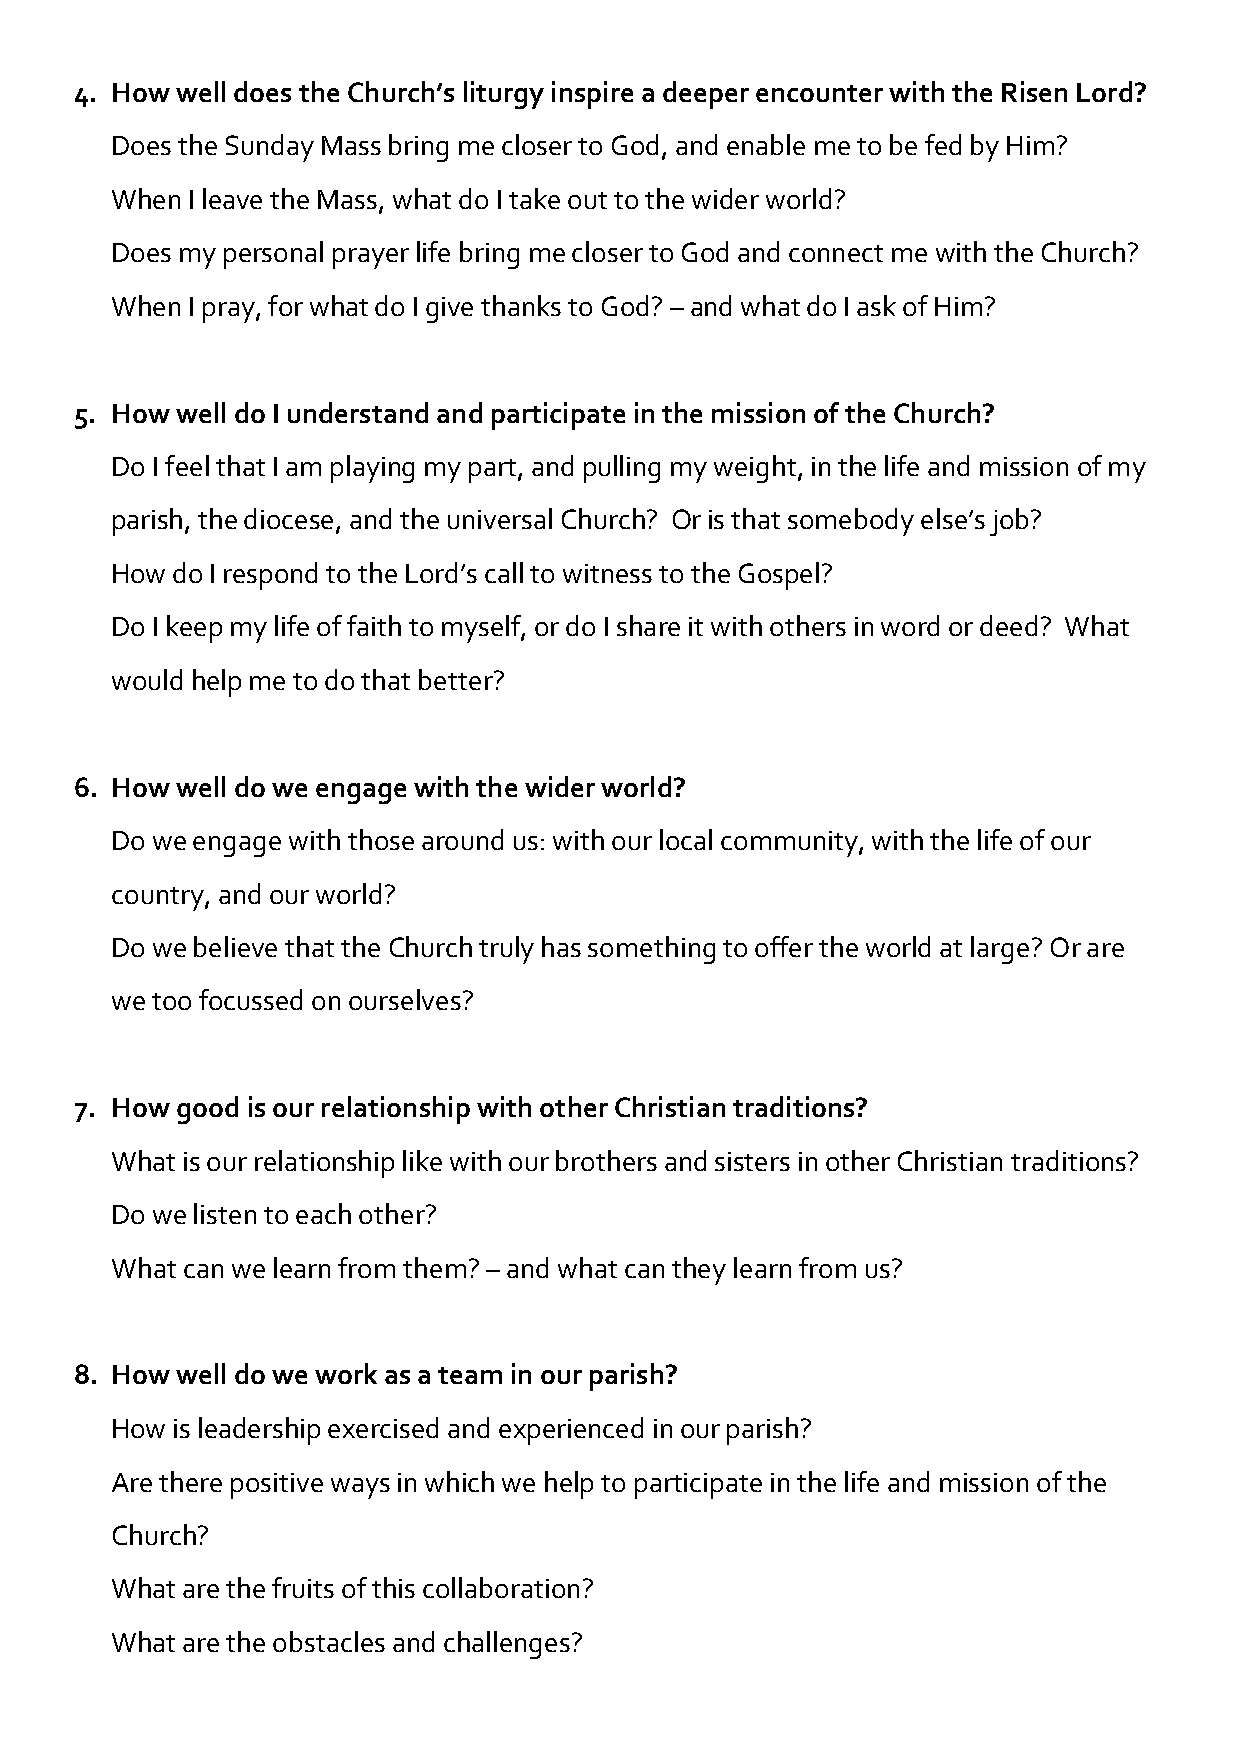
4. How well does the Church’s liturgy inspire a deeper encounter with the Risen Lord?
 Does the Sunday Mass bring me closer to God, and enable me to be fed by Him?
 When I leave the Mass, what do I take out to the wider world?
 Does my personal prayer life bring me closer to God and connect me with the Church?
 When I pray, for what do I give thanks to God? – and what do I ask of Him?
 5. How well do I understand and participate in the mission of the Church?
 Do I feel that I am playing my part, and pulling my weight, in the life and mission of my
 parish, the diocese, and the universal Church? Or is that somebody else’s job?
 How do I respond to the Lord’s call to witness to the Gospel?
 Do I keep my life of faith to myself, or do I share it with others in word or deed? What
 would help me to do that better?
 6. How well do we engage with the wider world?
 Do we engage with those around us: with our local community, with the life of our
 country, and our world?
 Do we believe that the Church truly has something to offer the world at large? Or are
 we too focussed on ourselves?
 7. How good is our relationship with other Christian traditions?
 What is our relationship like with our brothers and sisters in other Christian traditions?
 Do we listen to each other?
 What can we learn from them? – and what can they learn from us?
 8. How well do we work as a team in our parish?
 How is leadership exercised and experienced in our parish?
 Are there positive ways in which we help to participate in the life and mission of the
 Church?
 What are the fruits of this collaboration?
 What are the obstacles and challenges?